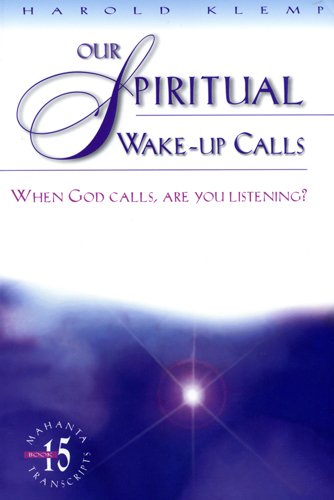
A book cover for Our Spiritual Wake Up Calls: When God Calls, Are You Listening? (Mahanta Transcripts Book 15); Harold Klemp; Religion & Spirituality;